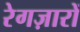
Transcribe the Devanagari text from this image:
रेगज़ारों